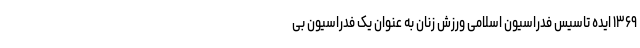
۱۳۶۹ ایده تاسیس فدراسیون اسلامی ورزش زنان به عنوان یک فدراسیون بی